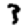
Digit: 3